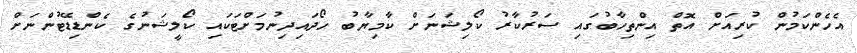
އެހެންކަމުން ކުރިއަށް އޮތް އިންތިހާބުގައި ސަރުކާރު ކޯލިޝަނަށް ކާމިޔާބު ހޯދައިދިނުމަށްޓަކައި ކޯލީޝަނުގެ ކެންޑިޑޭޓުންނަށް